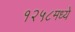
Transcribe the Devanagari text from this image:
१२५८मध्ये